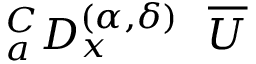
_ { a } ^ { C } D _ { x } ^ { ( \alpha , { \delta } ) } ~ ~ \overline { { U } }